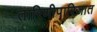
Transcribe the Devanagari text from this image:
तारिणीपारिजात